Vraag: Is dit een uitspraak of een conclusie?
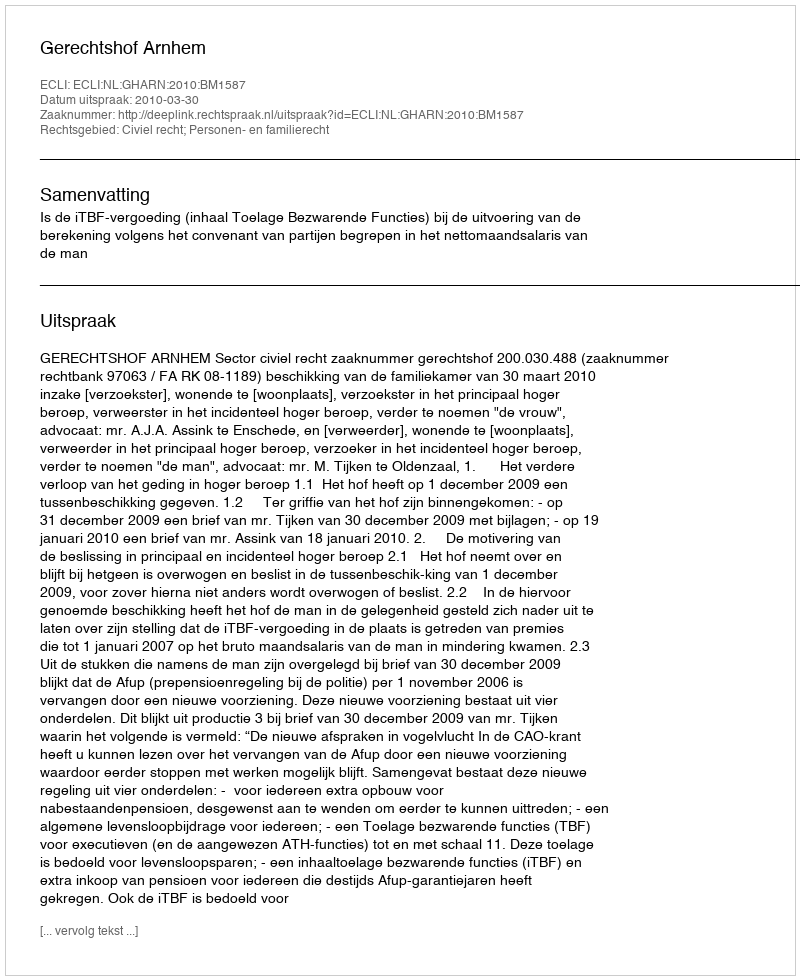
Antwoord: Uitspraak